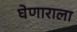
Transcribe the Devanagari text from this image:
घेणाराला